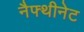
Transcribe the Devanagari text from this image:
नैफ्थीनेट